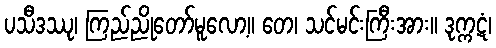
ပသီဒဿု၊ ကြည်ညိုတော်မူလော့။ တေ၊ သင်မင်းကြီးအား။ ဒုက္ကဋံ၊